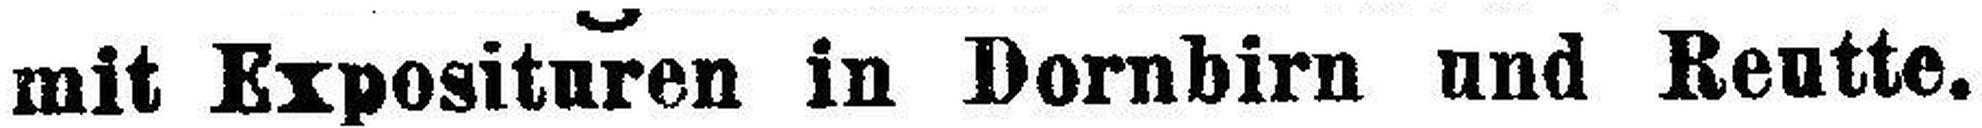
mit Exposituren in Dornbirn und Reutte.